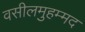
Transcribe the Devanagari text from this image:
वसीलमुहम्मद